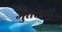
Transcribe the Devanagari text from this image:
गुप्ततेची